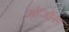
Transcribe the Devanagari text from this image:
कोजोंस